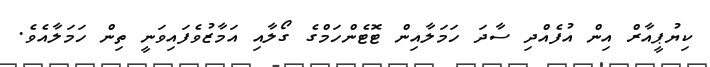
ކިޔުޕީއާރް އިން އުފެއްދި ސާދަ ހަމަލާއިން ޓޮޓެންހަމްގެ ގޯލާއި އަމާޒުވެފައިވަނީ ތިން ހަމަލާއެވެ.